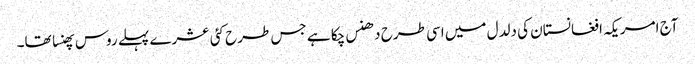
آج امریکہ افغانستان کی دلدل میں اسی طرح دھنس چکا ہے جس طرح کئی عشرے پہلے روس پھنسا تھا۔